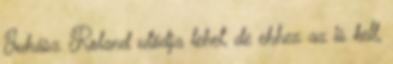
Juhász Roland utódja lehet, de ehhez az is kell,